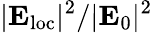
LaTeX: |{\mathbf E}_{\mathrm{loc}}|^{2}/|{\mathbf E}_{0}|^{2}